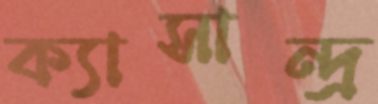
ক্যাসান্দ্র